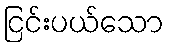
ငြင်းပယ်သော